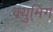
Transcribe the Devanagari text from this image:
क्युमिंग